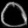
Digit: ၀